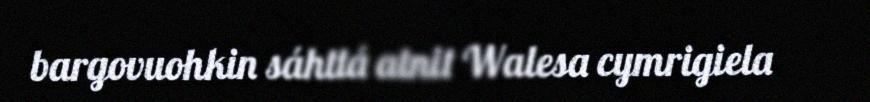
bargovuohkin sáhttá atnit Walesa cymrigiela